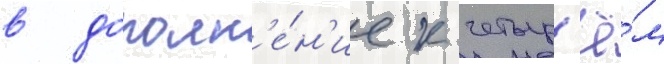
в дополн'е́н'ие к четыр'ё́м